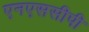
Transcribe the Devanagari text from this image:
एनएससीपी